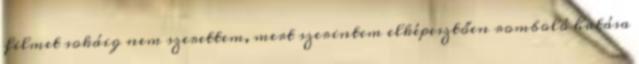
filmet sokáig nem szerettem, mert szerintem elképesztően romboló hatása